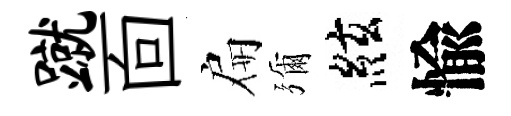
蹴靣扁彌絃愉